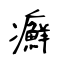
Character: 癬